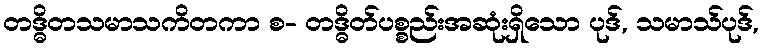
တဒ္ဓိတသမာသကိတကာ စ- တဒ္ဓိတ်ပစ္စည်းအဆုံးရှိသော ပုဒ်, သမာသ်ပုဒ်,